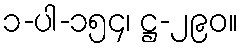
၁-ပါ-၁၅၄၊ ဋ္ဌ-၂၉၀။